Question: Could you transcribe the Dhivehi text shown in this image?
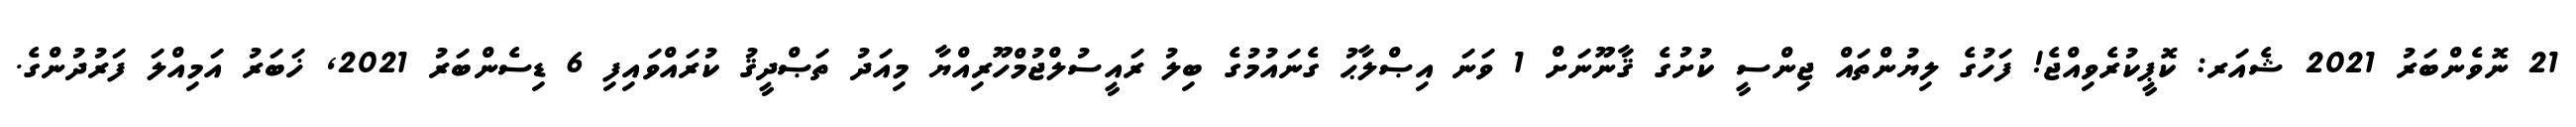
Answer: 21 ނޮވެންބަރު 2021 ޝެއަރ: ކޮޕީކުރެވިއްޖެ! ފަހުގެ ލިޔުންތައް ޖިންސީ ކުށުގެ ޤާނޫނަށް 1 ވަނަ އިޞްލާޙު ގެނައުމުގެ ބިލު ރައީސުލްޖުމްހޫރިއްޔާ މިއަދު ތަޞްދީޤު ކުރައްވައިފި 6 ޑިސެންބަރު 2021, ޚަބަރު އަމިއްލަ ފަރުދުންގެ.